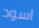
اسود